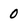
Character: 0